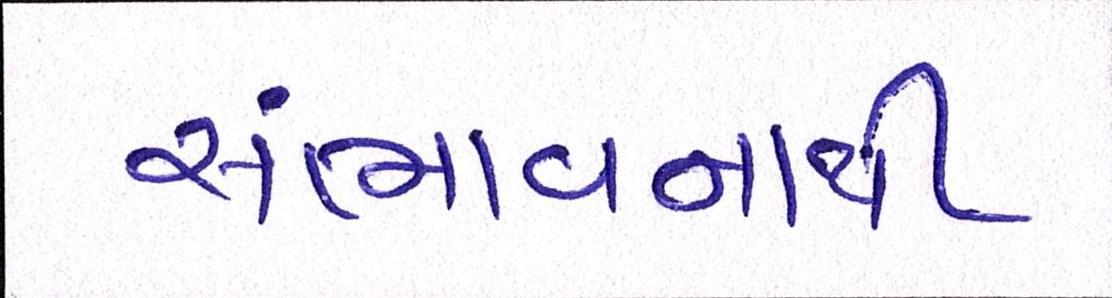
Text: સંભાવનાથી